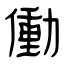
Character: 働